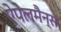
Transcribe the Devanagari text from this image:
ऐपेलमैन्स